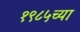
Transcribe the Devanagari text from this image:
१९८५च्या